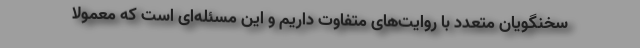
سخنگویان متعدد با روایت‌های متفاوت داریم و این مسئله‌ای است که معمولا